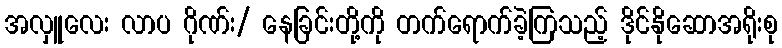
အလှူလေး လာပ ဂိုဏ်း/ နေခြင်းတို့ကို တက်ရောက်ခဲ့ကြသည့် ဒိုင်နိုဆောအရိုးစု